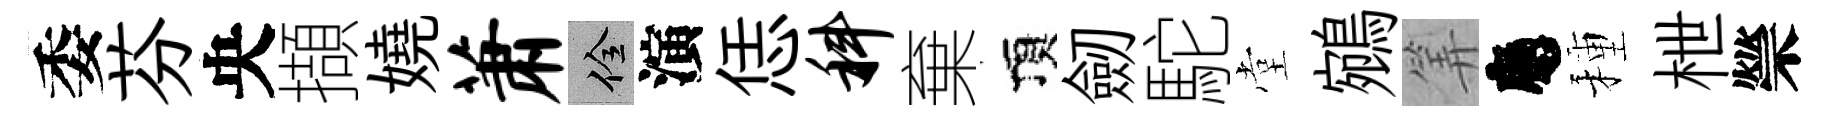
委芬央擷嬈萧佺演恁科棄頂劒駝堂鵷筭應種枻禜